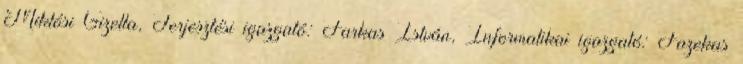
Miklósi Gizella, Terjesztési igazgató: Farkas István, Informatikai igazgató: Fazekas